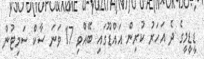
ޑީޑީމީގެ ދެ އަހަރު ކުރިން އައްޑޫގައި ބޭއްވި 17 ވަނަ ސާކް ސަމިޓުން